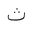
Letter: _tha